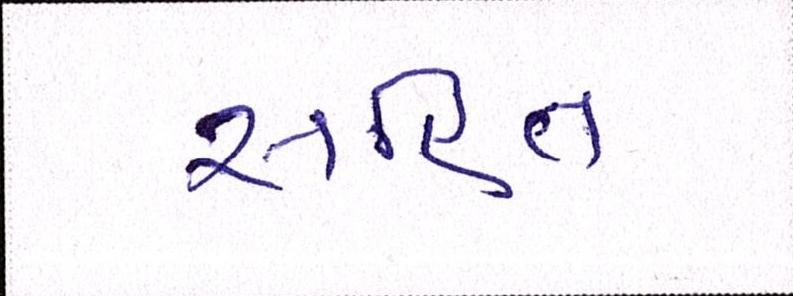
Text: સહિત